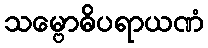
သမ္ဗောဓိပရာယဏံ